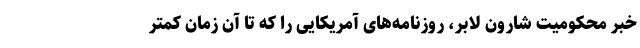
خبر محکومیت شارون لابر، روزنامه‌های آمریکایی را که تا آن زمان کمتر